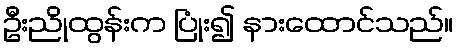
ဦးညိုထွန်းက ပြုံး၍ နားထောင်သည်။